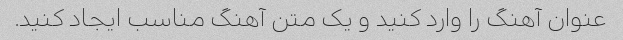
عنوان آهنگ را وارد کنید و یک متن آهنگ مناسب ایجاد کنید.